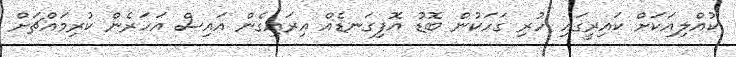
ކުއްލިއަކަށް ކައިރީގައި ހުރި ގަހަކުން ބޮޑު އޮފިގަނޑެއް އިރައިގެން އައިސް އަހަރެން ކުރިމައްޗަށް